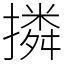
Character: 撛